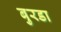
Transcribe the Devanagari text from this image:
बुरडा